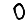
Digit: 0